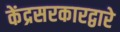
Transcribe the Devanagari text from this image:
केंद्रसरकारद्वारे